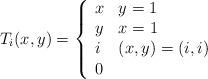
LaTeX: \begin{align*}T_i(x,y)=\left\{\begin{array}{ll}{x} & { y=1}\\{y} & { x=1} \\{i} & { (x,y)=(i,i)}\\{0} & {}\end{array}\right.\end{align*}